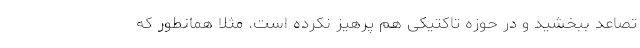
تصاعد ببخشید و در حوزه تاکتیکی هم پرهیز نکرده است. مثلا همانطور که